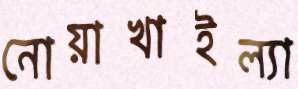
নোয়াখাইল্যা